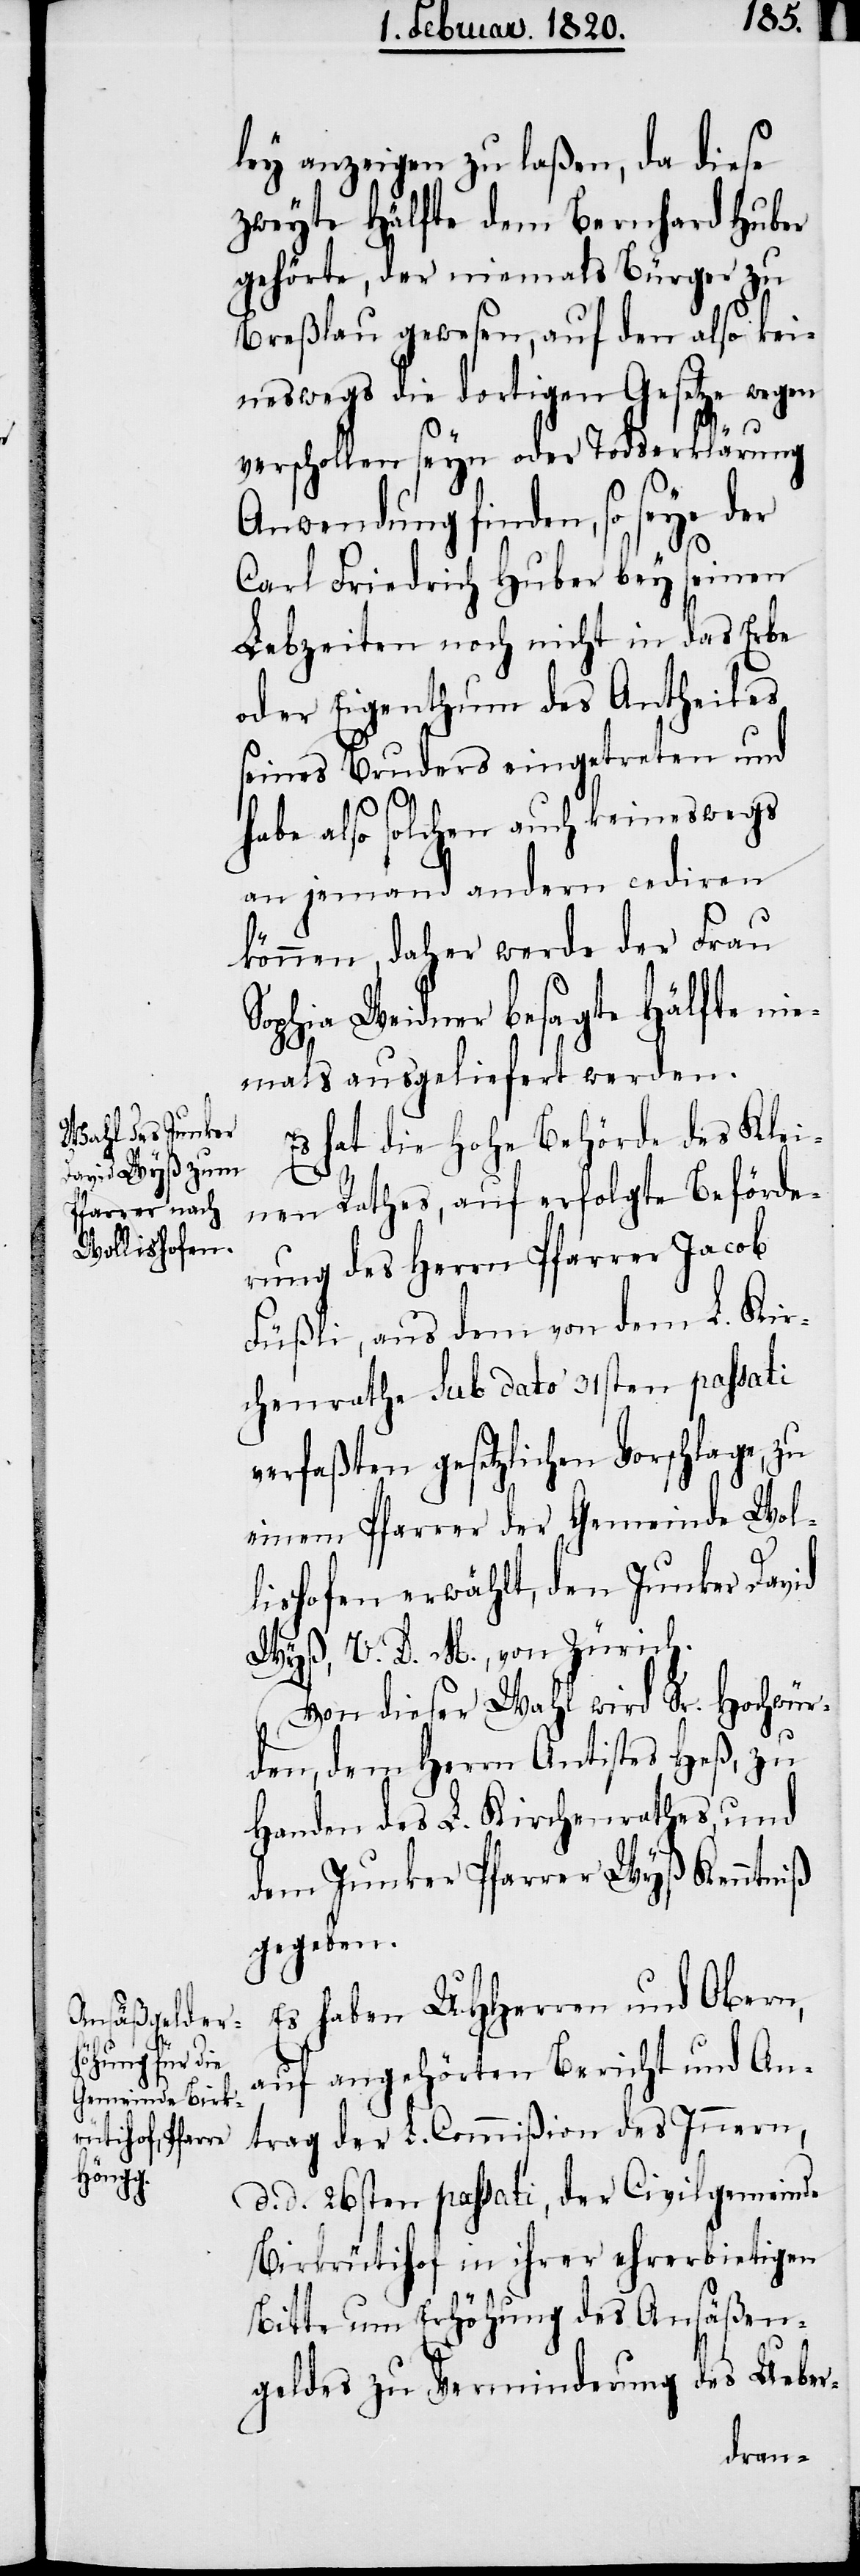
ley anzeigen zu laßen, da diese
zweyte Hälfte dem Bernhard Huber
gehörte, der niemals Bürger zu
Breßlau gewesen, auf den also kei¬
neswegs die dortigen Gesetze wegen
verschollen seyn oder Todeserklärung
Anwendung finden, so seye der
Carl Friedrich Huber bey seinen
Lebzeiten noch nicht in das Erbe
oder Eigenthum des Antheiles
seines Bruders eingetreten und
habe also solchen auch keineswegs
an jemand andern cediren
können, daher werde der Frau
Sophia Weidner besagte Hälfte nie¬
mals ausgeliefert werden.
Es hat die Hohe Behörde des Klei¬
nen Rathes, auf erfolgte Beförde¬
rung des Herrn Pfarrer Jacob
Füßli, aus dem von dem L. Kir¬
chenrathe sub dato 31sten passati
verfaßten gesetzlichen Vorschlage, zu
einem Pfarrer der Gemeinde Wol¬
lishofen erwählt, den Junker David
Wyß, V. D. M., von Zürich.
Von dieser Wahl wird Sr. Hochwür¬
den, dem Herrn Antistes Heß, zu
Handen des L. Kirchenrathes, und
dem Junker Pfarrer Wyß Kenntniß
gegeben.
Es haben UHHerren und Obern,
auf angehörten Bericht und An¬
trag der L. Commißion des Innern,
d. d. 26sten passati, der Civilgemeinde
Birkrütihof in ihrer ehrerbietigen
Bitte um Erhöhung des Ansäßen¬
geldes zu Verminderung des Ueber-